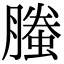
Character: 螣